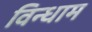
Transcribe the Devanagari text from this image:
विन्धाम